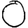
Digit: 0